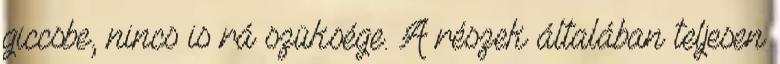
giccsbe, nincs is rá szüksége. A részek általában teljesen